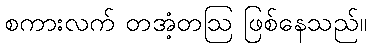
စကားလက် တအံ့တဩ ဖြစ်နေသည်။